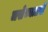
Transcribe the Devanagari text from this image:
जसेच्यातसे